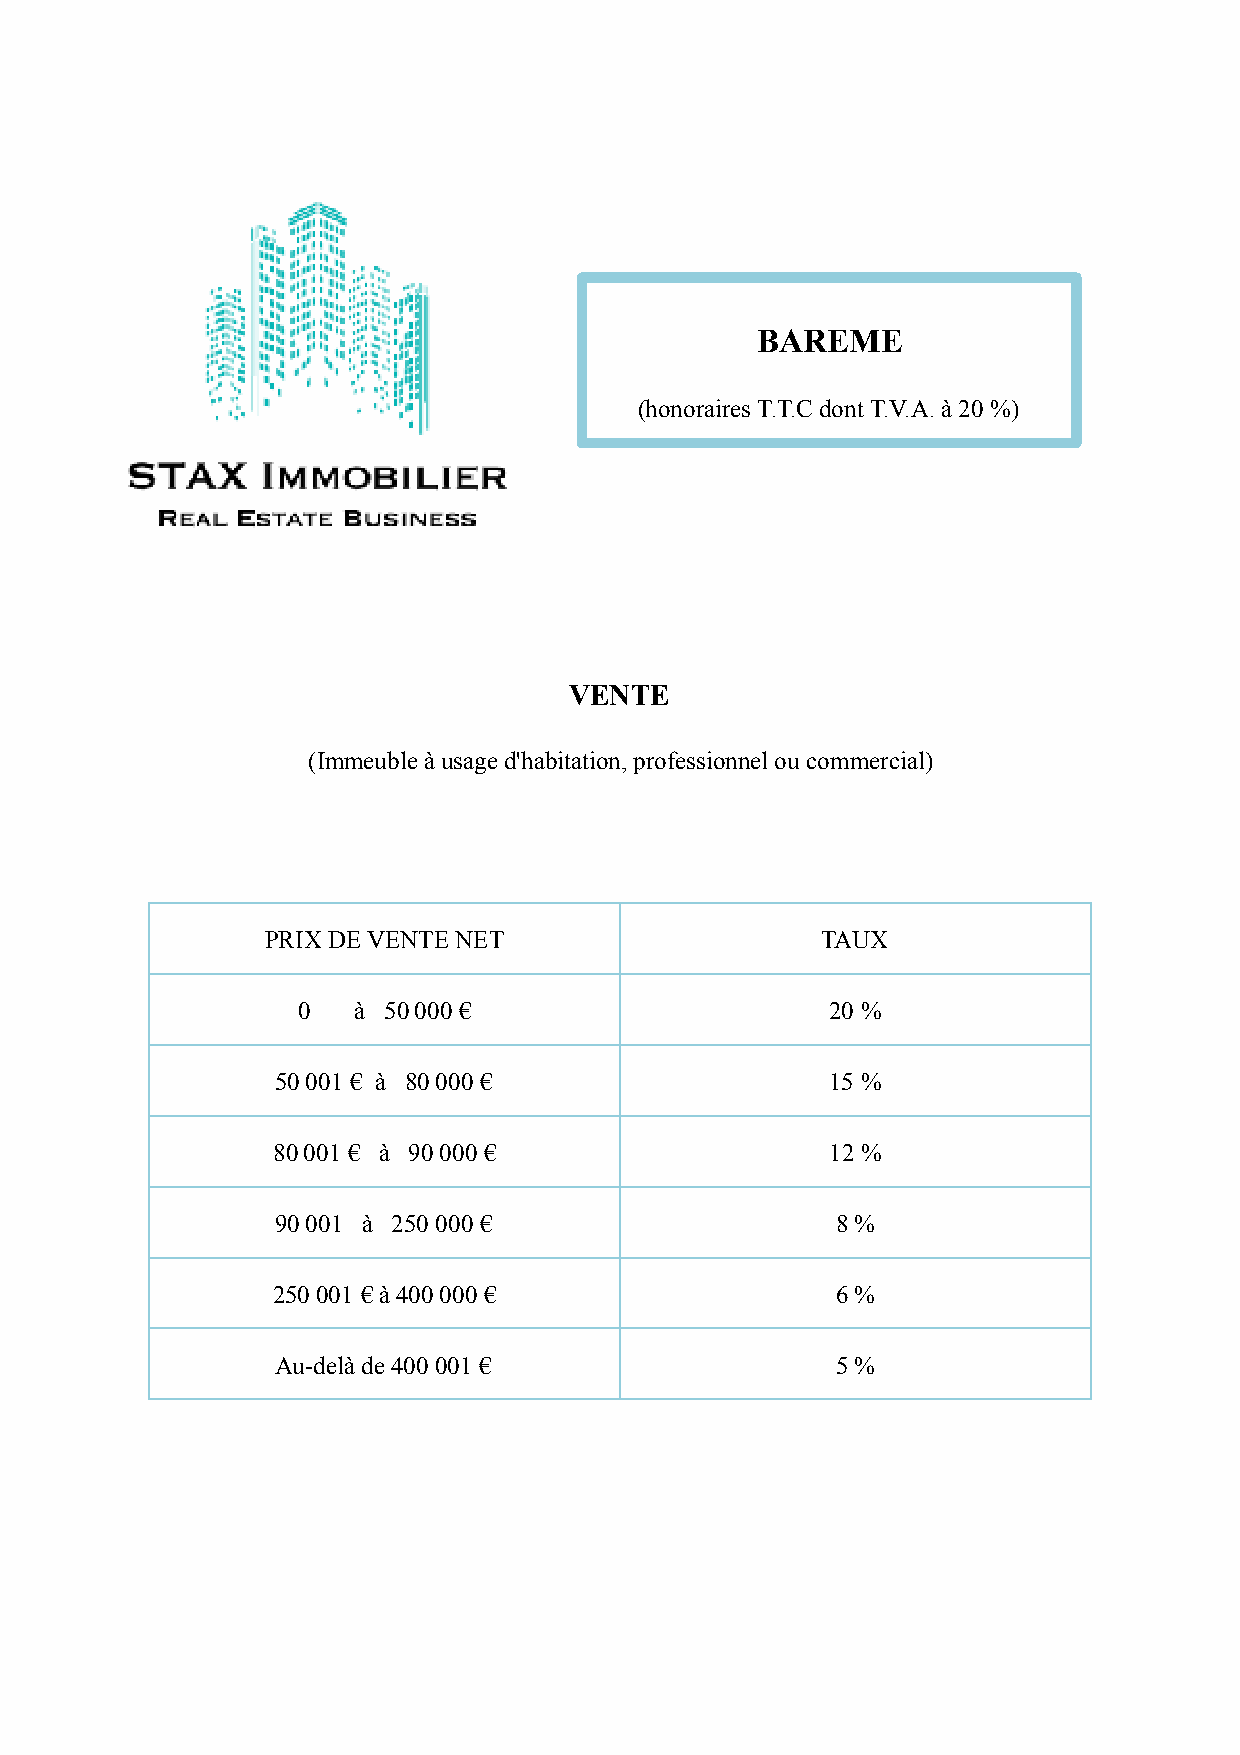
BAREME
 (honoraires T.T.C dont T.V.A. à 20 %)
 VENTE
 (Immeuble à usage d'habitation, professionnel ou commercial)
 PRIX DE VENTE NET                   TAUX
 0  à 50 000 €                      20 %
 50 001 € à 80 000 €                  15 %
 80 001 € à 90 000 €                  12 %
 90 001 à 250 000 €                   8 %
 250 001 € à 400 000 €                6 %
 Au-delà de 400 001 €                 5 %